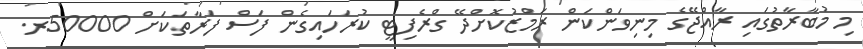
މި މުބާރާތުގައި ރާއްޖޭގެ މިނިވަންކަން ރަމްޒުކޮށްދޭ ގްރެފިޓީ ކުރަހައިގެން ފަސް ފަރާތަކަށް 50000ރ.